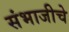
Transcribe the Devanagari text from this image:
संभाजीचे